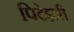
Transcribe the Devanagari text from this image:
पिटेझरी